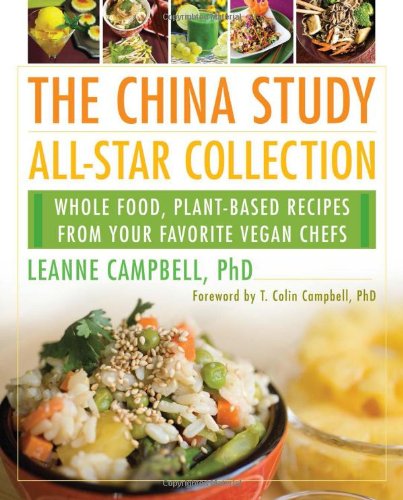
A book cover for The China Study All-Star Collection: Whole Food, Plant-Based Recipes from Your Favorite Vegan Chefs; Cookbooks, Food & Wine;